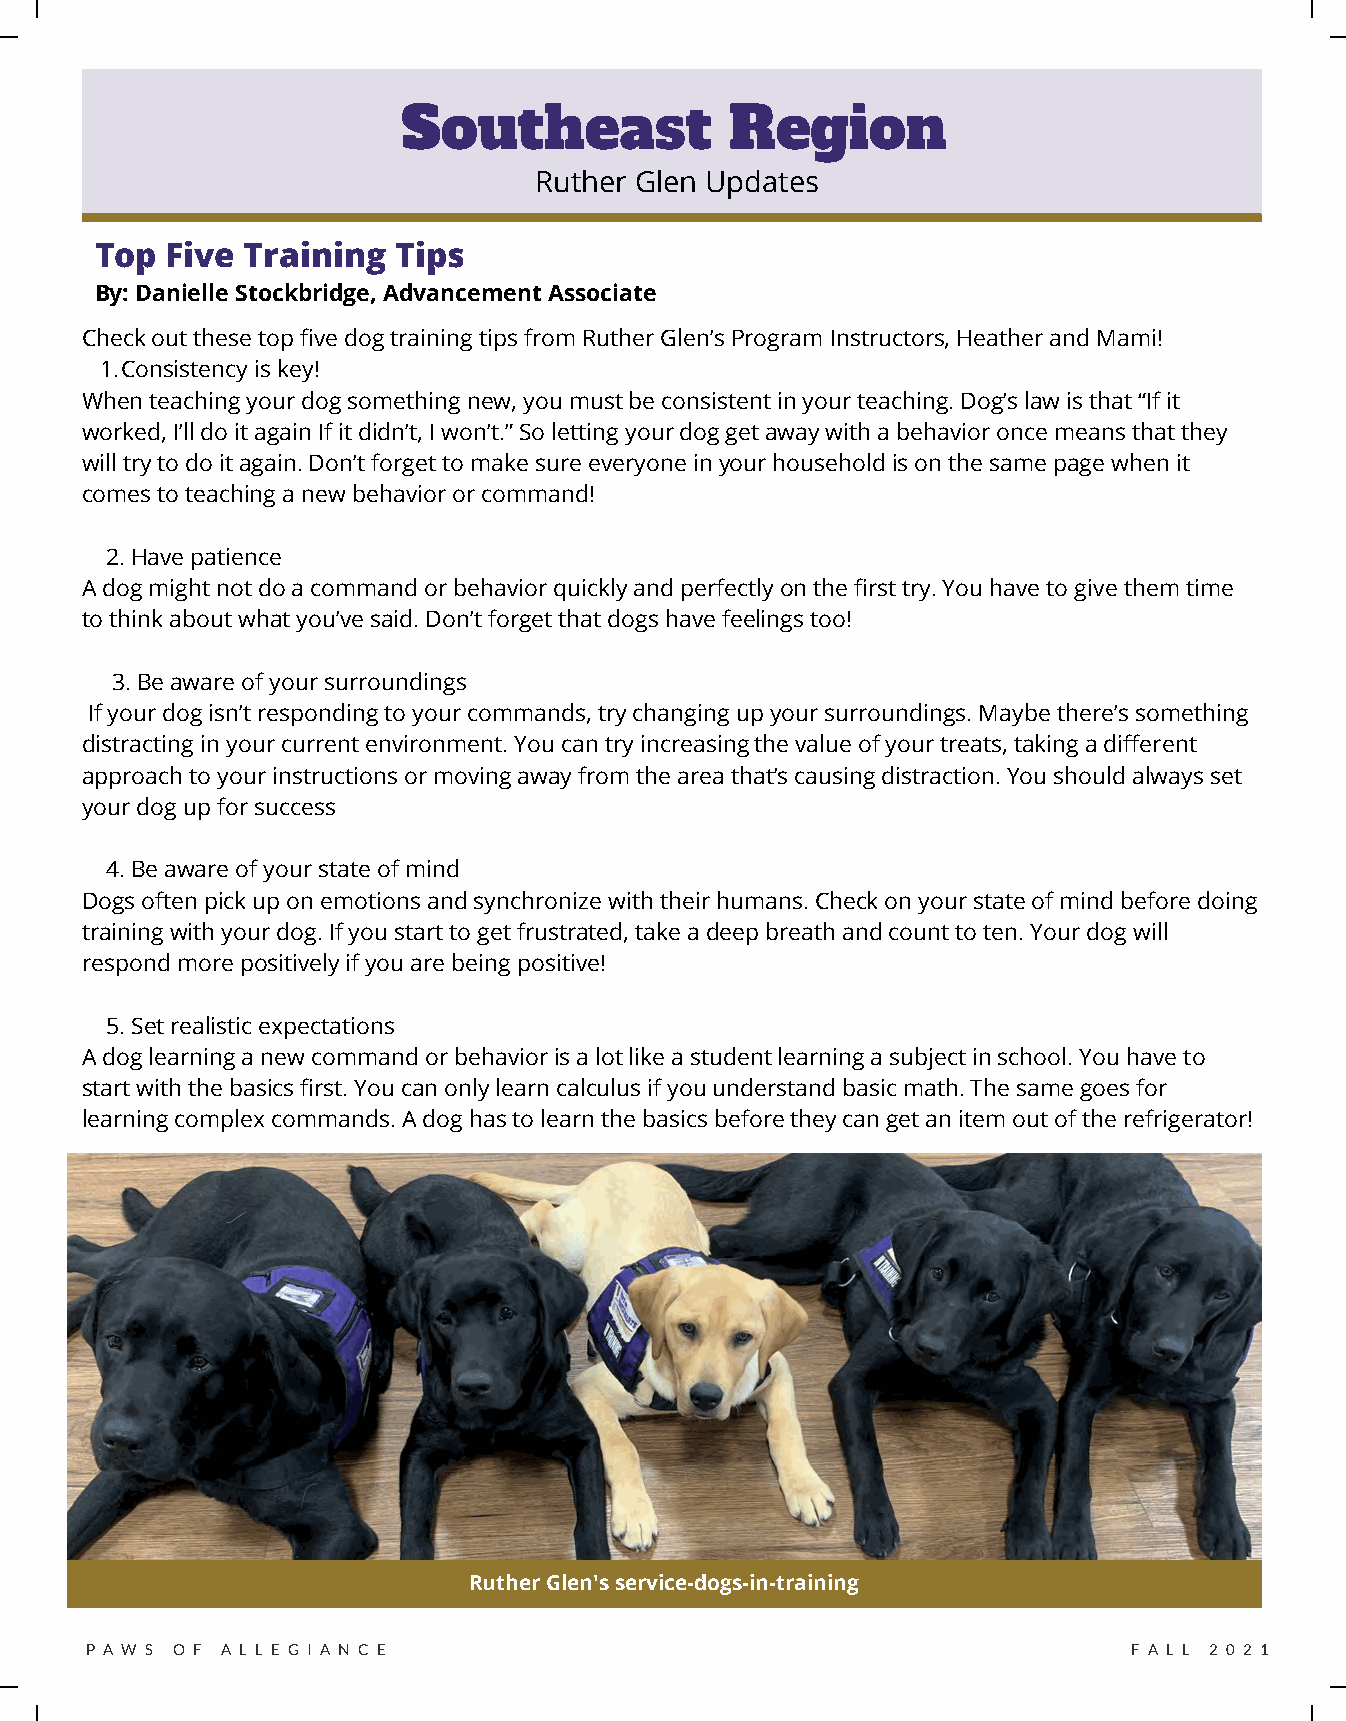
Southeast            Region
 Ruther Glen Updates
 Top  Five Training  Tips
 By: Danielle Stockbridge, Advancement Associate
 Check out these top five dog training tips from Ruther Glen’s Program Instructors, Heather and Mami!
 1.Consistency is key!
 When teaching your dog something new, you must be consistent in your teaching. Dog’s law is that “If it
 worked, I’ll do it again If it didn’t, I won’t.” So letting your dog get away with a behavior once means that they
 will try to do it again. Don’t forget to make sure everyone in your household is on the same page when it
 comes to teaching a new behavior or command!
 2. Have patience
 A dog might not do a command or behavior quickly and perfectly on the first try. You have to give them time
 to think about what you’ve said. Don’t forget that dogs have feelings too!
 3. Be aware of your surroundings
 If your dog isn’t responding to your commands, try changing up your surroundings. Maybe there’s something
 distracting in your current environment. You can try increasing the value of your treats, taking a different
 approach to your instructions or moving away from the area that’s causing distraction. You should always set
 your dog up for success
 4. Be aware of your state of mind
 Dogs often pick up on emotions and synchronize with their humans. Check on your state of mind before doing
 training with your dog. If you start to get frustrated, take a deep breath and count to ten. Your dog will
 respond more positively if you are being positive!
 5. Set realistic expectations
 A dog learning a new command or behavior is a lot like a student learning a subject in school. You have to
 start with the basics first. You can only learn calculus if you understand basic math. The same goes for
 learning complex commands. A dog has to learn the basics before they can get an item out of the refrigerator!
 Ruther Glen's service-dogs-in-training
 P A W S O F A L L E G I A N C E                                      F A L L 2 0 2 1